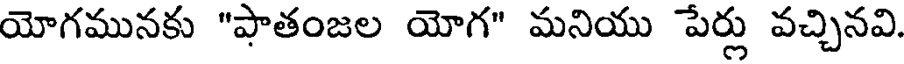
యోగమునకు "పాతంజల యోగ" మనియు పేర్లు వచ్చినవి.